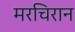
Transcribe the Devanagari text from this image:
मरचिरान